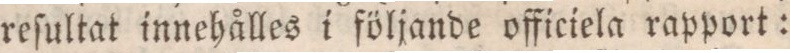
reſultat innehålles i följande officiela rapport: